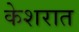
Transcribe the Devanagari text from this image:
केशरात